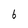
Character: 6